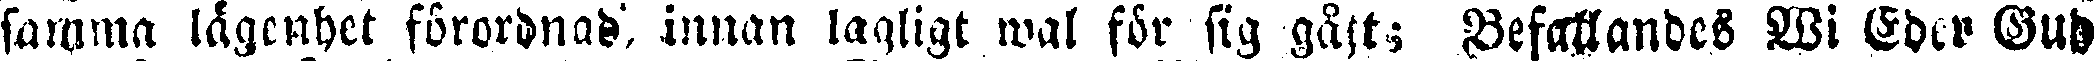
samma lägenhet förordnad, innan lagligt wal för sig gått; Befallandes Wi Eder Gud